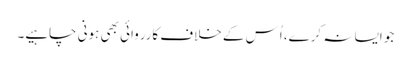
جو ایسا نہ کرے، اُس کے خلاف کارروائی بھی ہونی چاہیے۔